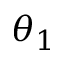
\theta _ { 1 }